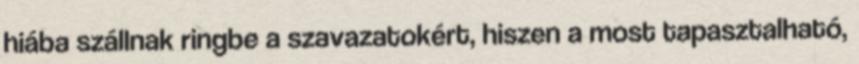
hiába szállnak ringbe a szavazatokért, hiszen a most tapasztalható,